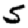
Digit: 5